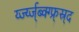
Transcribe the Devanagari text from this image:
र्य्ज्य्ज्ब्क्ग्फ्र्स्र्द